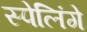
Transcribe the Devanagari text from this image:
स्पेलिंगे